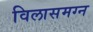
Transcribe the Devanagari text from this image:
विलासमग्न